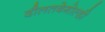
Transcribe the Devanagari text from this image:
दौलतबेगोल्डी